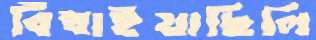
বিঁধাইয়াছিলি